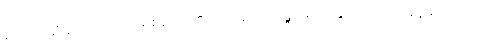
တောင်းဆိုချင်ကြောင်း ခရစ်တော်၏ပလ္လင်တော်ရှေ့၌ မိမိတို့နိုင်ငံလည်း အရှုံးမပေးတဲ့